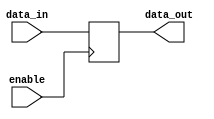
module buffer
#(	parameter W=8)
 (	input enable,
	input [W-1:0] data_in,
	output reg [W-1:0] data_out );

	always @(posedge enable) begin
		data_out <= data_in;
	end
endmodule